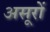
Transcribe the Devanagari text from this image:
असूरों